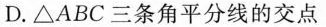
D.△ABC三条角平分线的交点